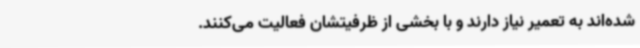
شده‌اند به تعمیر نیاز دارند و با بخشی از ظرفیتشان فعالیت می‌کنند.